Medical and sanitary report of the native army of Bengal for the year
Year: 1878
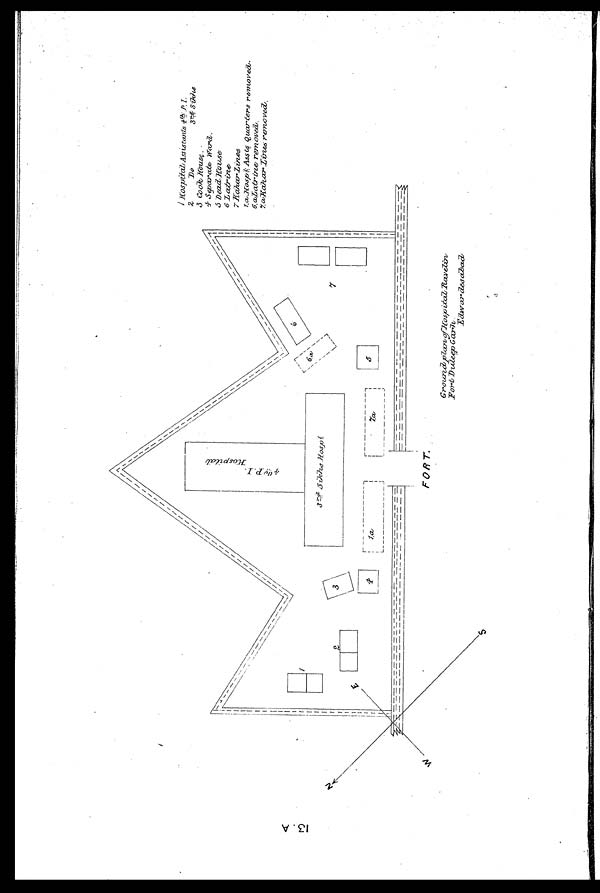
2. Do 3rd/,, Sikhs
3 Cook House
4.Separate Ward
5 Dead House.
6.Latrine. 7 Kahar Lines.
1. a Hospital v/,,Assts. Quarters removed.
6. a Latrine removed.
7. a Kahar Lines removed.
1 3 . . A r o u n d p a l n o f H o s p i t a l R a v e l i n .
F o r t D u l e e p G a r h
E d w a r d e s a b a d .